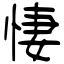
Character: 悽